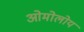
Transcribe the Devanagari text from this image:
ओमोलोय